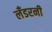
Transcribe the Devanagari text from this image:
लँडरनी